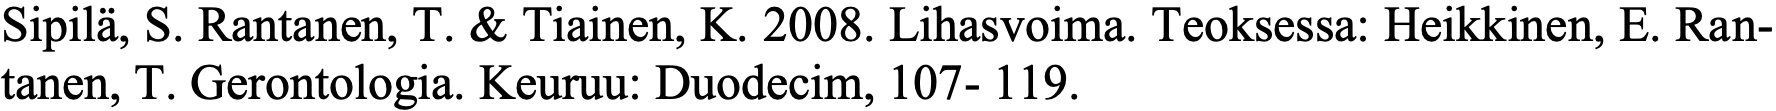
Sipilä, S. Rantanen, T. & Tiainen, K. 2008. Lihasvoima. Teoksessa: Heikkinen, E. Ran- tanen, T. Gerontologia. Keuruu: Duodecim, 107- 119.